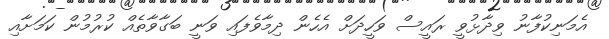
އެމަނިކުފާނު ވިދާޅުވީ ރައީސް ވަހީދަށް އެހެން ދިމާވެފައި ވަނީ ބަގާވާތެއް ކުރުމުން ކަމަށާއި